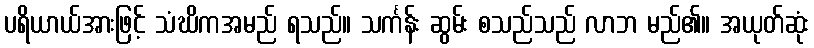
ပရိယာယ်အားဖြင့် သံဃိကအမည် ရသည်။ သင်္ကန်း ဆွမ်း စသည်သည် လာဘ မည်၏။ အယုတ်ဆုံး